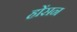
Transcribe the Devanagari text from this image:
होंसन